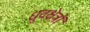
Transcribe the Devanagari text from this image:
ध्रुवक्षेत्रों